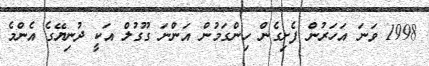
1998 ވަނަ އަހަރުން ފެށިގެން ހިންގަމުން އަންނަ ގޫގުލް އަކީ ދުނިޔޭގެ އެންމެ